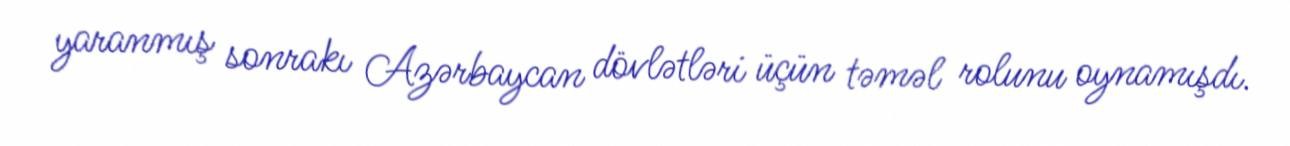
yaranmış sonrakı Azərbaycan dövlətləri üçün təməl rolunu oynamışdı.